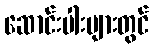
ဆောင်းပါးများတွင်